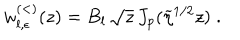
LaTeX: w _ { l , \epsilon } ^ { ( < ) } ( z ) = B _ { l } \, \sqrt { z } \, J _ { p } ( \widetilde { \eta } ^ { 1 / 2 } z ) \; .